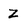
Character: Z